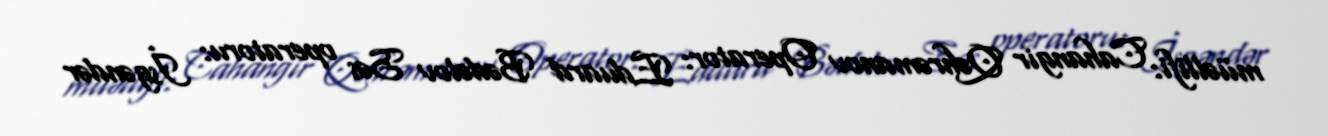
müəllifi: Cahangir Qəhrəmanov Operator: Eduard Bədəlov Səs operatoru: İsgəndər